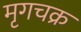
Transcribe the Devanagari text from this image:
मृगचक्र